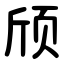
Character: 颀